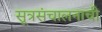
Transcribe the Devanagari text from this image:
सूत्रसंचालनाची